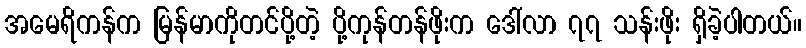
အမေရိကန်က မြန်မာကိုတင်ပို့တဲ့ ပို့ကုန်တန်ဖိုးက ဒေါ်လာ ၇၇ သန်းဖိုး ရှိခဲ့ပါတယ်။